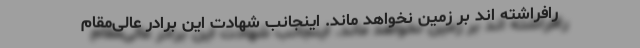
رافراشته اند بر زمین نخواهد ماند. اینجانب شهادت این برادر عالی‌مقام